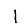
Digit: 1